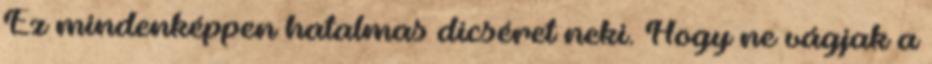
Ez mindenképpen hatalmas dicséret neki. Hogy ne vágjak a